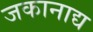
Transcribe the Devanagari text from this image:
जकानाद्य